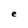
Character: e